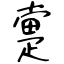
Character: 疐